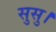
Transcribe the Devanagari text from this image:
सुसु।